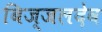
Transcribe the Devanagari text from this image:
बिज्जलदेव